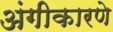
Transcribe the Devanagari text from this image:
अंगीकारणे